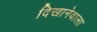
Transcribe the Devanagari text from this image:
दिखानेवाला